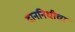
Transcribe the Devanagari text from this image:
दाननिधीचा